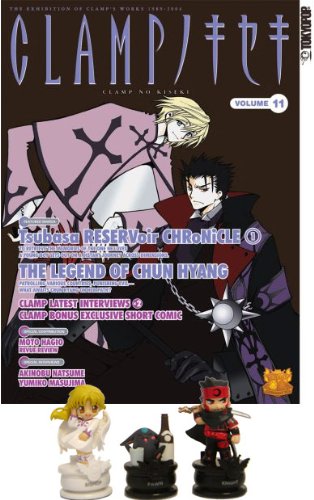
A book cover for The Clamp No Kiseki Magazine Collectible Vol. 11 with Figures Set; Crafts, Hobbies & Home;